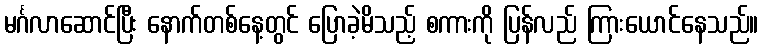
မင်္ဂလာဆောင်ပြီး နောက်တစ်နေ့တွင် ပြောခဲ့မိသည့် စကားကို ပြန်လည် ကြားယောင်နေသည်။